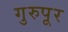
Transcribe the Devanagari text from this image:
गुरुपूर